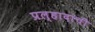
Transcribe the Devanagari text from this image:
प्रल्हादाची